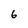
Character: 6